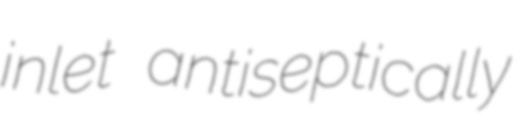
inlet antiseptically